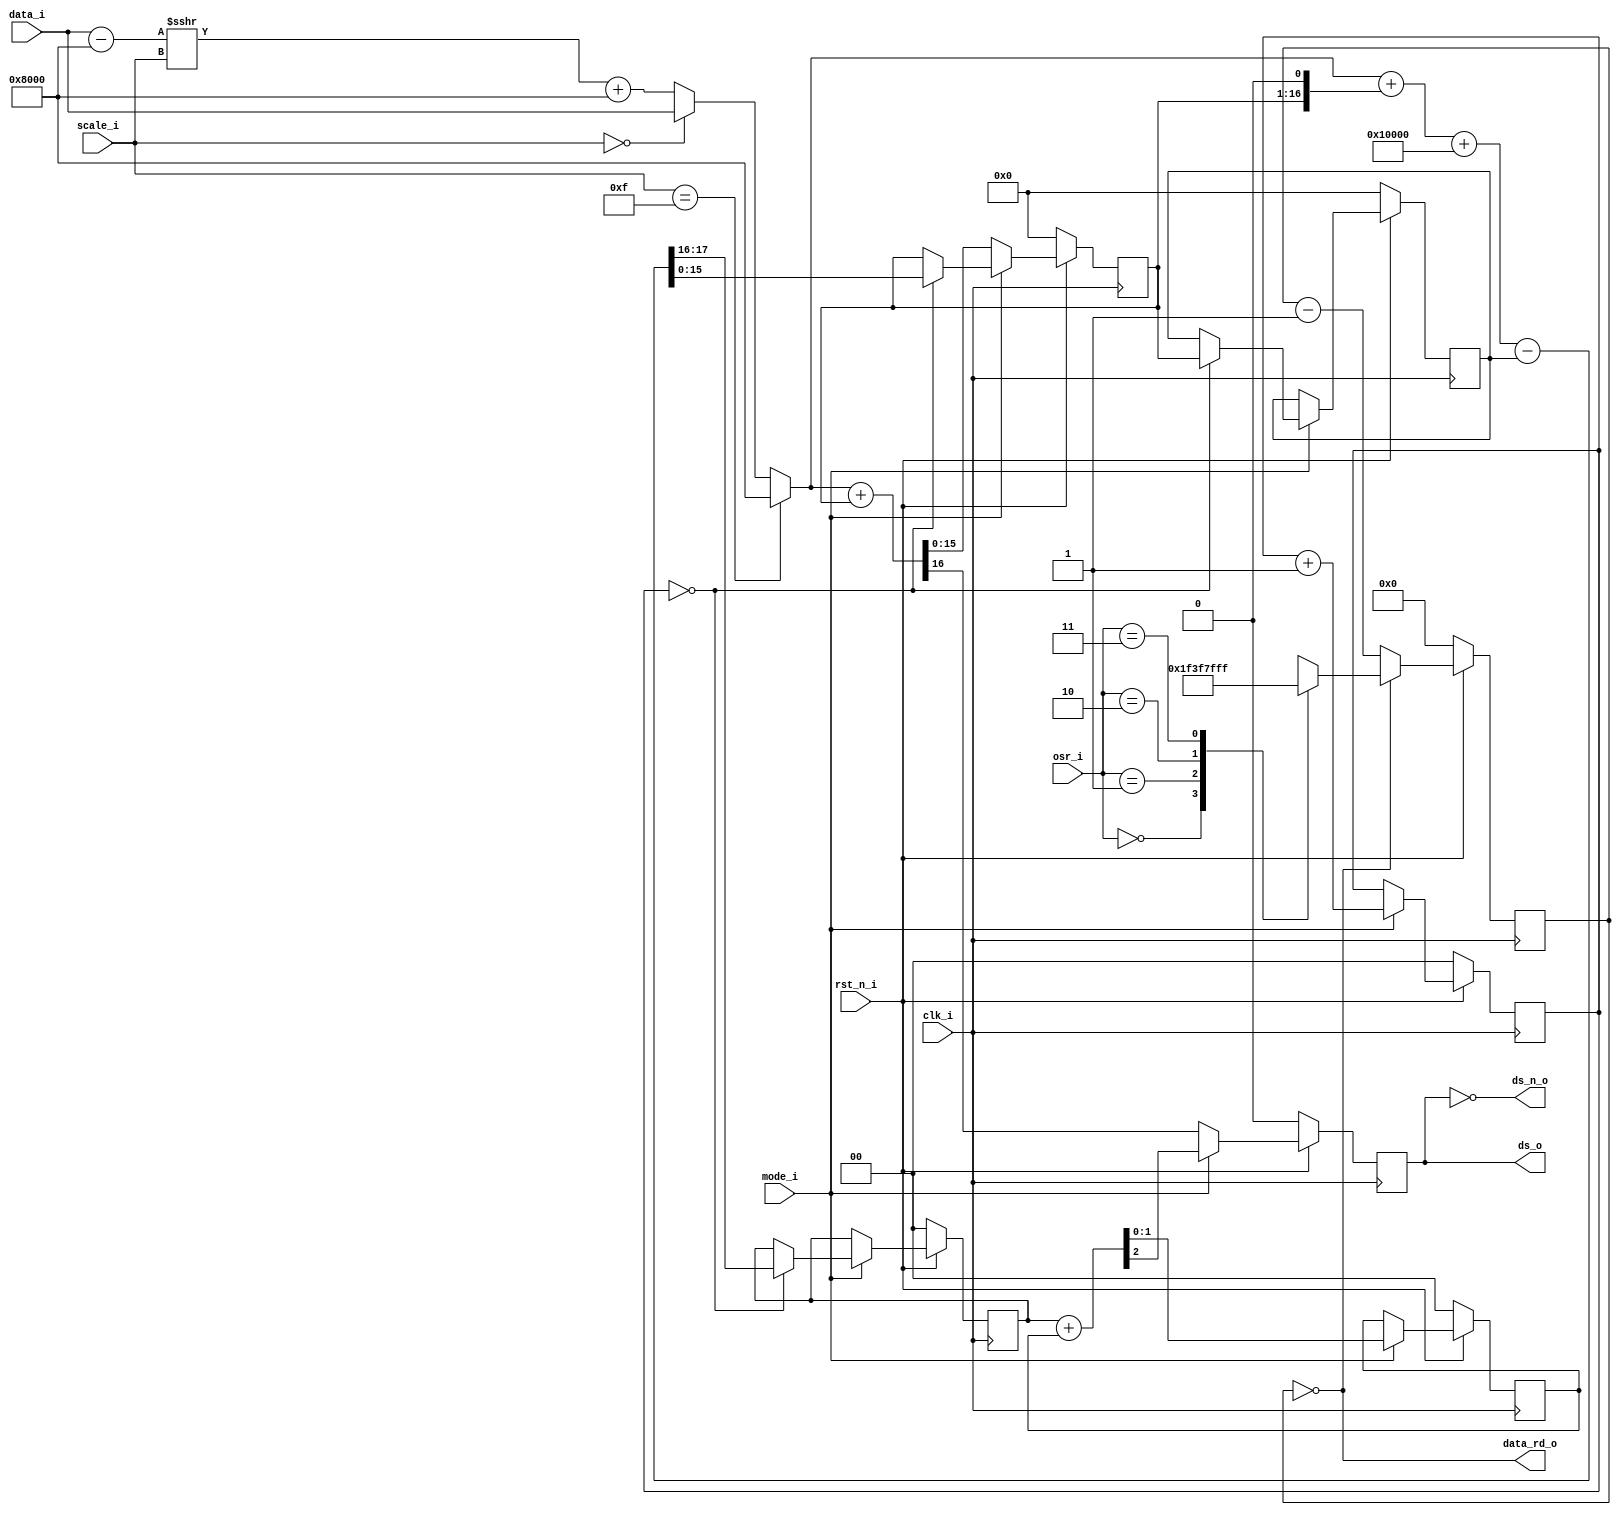
/*
 * AUDIOAC_DSMOD -- Delta-Sigma Modulator (1st/2nd Order) with Single-Bit Output
 *
 * SPDX-FileCopyrightText: 2021-2022 Harald Pretl (harald.pretl@jku.at)
 * Johannes Kepler University Linz, Institute for Integrated Circuits
 *
 * Parameters:
 *		BW 				... input data bitwidth
 *
 * Ports:
 *		data_i			... input data (must be UINT, default 16b)
 *		data_rd_o		... fetch next input data word (data feed-in driven 
 *							by DS-modulator)
 *		ds_o, ds_n_o	... output bitstream (complimentary outputs)
 *
 *		rst_n_i			... reset (low active)
 *		clk_i			... clock of ds-modulator (must be OSR * input_data_rate),
 *							output bitstream rate = OSR * input_data_rate
 *
 *		mode_i			... select order of modulator (0 = 1st, 1 = 2nd)
 *		scale_i			... scaling (attenuation) of input data in -6dB steps
 *							(0 = 0dB, 1 = -6dB, 2 = -12dB, ..., 15 = off)
 *		osr_i			... oversampling ratio (OSR), 0=32/1=64/2=128/3=256 is supported
 *
 * SPDX-License-Identifier: Apache-2.0
 */

`default_nettype none
`timescale 10ns / 1ns
`ifndef __AUDIODAC_DSMOD__
`define __AUDIODAC_DSMOD__

module audiodac_dsmod
#(
	parameter BW = 16
) (
	input 		[BW-1:0]	data_i,
	output wire				data_rd_o,
	output reg				ds_o,
	output wire				ds_n_o,
	
	input					rst_n_i,
	input					clk_i,
	
	input					mode_i,
	input 		[3:0]		scale_i,		// 0 = off, 15 = max scale
	input		[1:0]		osr_i			// 0 = 32; 1 = 64, 2 = 128, 3 = 256
);

	reg 		[BW-1:0]	accu1;
	reg			[BW-1:0]	accu2;
	reg			[1:0]		accu3;
	wire 		[BW-1:0]	data_scaled;	// input data treated with scaling
	wire signed [BW-1:0]	data_calc;		// 1b more is needed here
	reg			[7:0]		fetch_ctr;		// clock divideid by osr

	reg			[1:0]		mod2_ctr;		// clk divide by 4 for 1st stage of 2nd order mod
	reg			[1:0]		mod2_out;		// output 1st stage

	localparam	[7:0]		CTR_OSR_32  	=  8'd31;
	localparam	[7:0]		CTR_OSR_64  	=  8'd63;
	localparam	[7:0]		CTR_OSR_128 	=  8'd127;
	localparam	[7:0]		CTR_OSR_256 	=  8'd255;
	localparam	[1:0]		OSR_32  		= 2'd0;
	localparam	[1:0]		OSR_64  		= 2'd1;
	localparam	[1:0]		OSR_128 		= 2'd2;
	localparam	[1:0]		OSR_256 		= 2'd3;
	localparam				MODE_ORD1 		= 1'd0;
	localparam				MODE_ORD2 		= 1'd1;
	localparam	[3:0]		SCALE_OFF		= 4'd15;
	localparam	[3:0]		SCALE_MAX		= 4'd0;
	localparam	[BW-1:0]	DATA_MID		= {1'b1,{(BW-1){1'b0}}};

	// provide out and out_n
  	assign ds_n_o = ~ds_o;

	// we provide scaling in 6dB steps, 0=min (off), 15=max (unchanged)
	// scaling is a bit tricky as we have UINT coming in, so we do the scaling in signed INT
	// so that we stay around the midscale at 0x8000 when the amplitude is reduced
	assign data_calc = (($signed(data_i) - $signed(DATA_MID)) >>> scale_i)
						+ $signed(DATA_MID);

	assign data_scaled = (scale_i == SCALE_OFF) ? DATA_MID : 
							(scale_i == SCALE_MAX) ? data_i : 
								$unsigned(data_calc[BW-1:0]);

	// the fetch counter controls the read of the next sample from the FIFO
	// the counter runs down so decoding is easier for different counter
	// cycles (reloads at 0)
	assign data_rd_o = (fetch_ctr == 8'd0);

  	always @(posedge clk_i) begin
		if (!rst_n_i) begin
			// reset all registers
			accu1 <= {BW{1'b0}};
			accu2 <= {BW{1'b0}};
			accu3 <=  2'b0;
			ds_o <= 1'b0;
			fetch_ctr <= 8'b0;
			mod2_ctr <= 2'b0;
			mod2_out <= 2'b0;
		end else begin
			// sd-modulator is running

			if (fetch_ctr == 8'd0) begin
			// fetch_ctr finished, restart with proper cycle count
			// depending on osr
				case (osr_i)
					OSR_32:		fetch_ctr <= CTR_OSR_32;
					OSR_64:		fetch_ctr <= CTR_OSR_64;
					OSR_128:	fetch_ctr <= CTR_OSR_128;
					OSR_256:	fetch_ctr <= CTR_OSR_256;
					default:	fetch_ctr <= 8'bx;
				endcase
			end else
				//just keep counting down
				fetch_ctr <= fetch_ctr - 1'b1;
		
			if (mode_i == MODE_ORD1) begin
				// delta-sigma modulator 1st order
				// this simple structure works if everything
				// is UINT
				{ds_o,accu1} <= data_scaled + accu1;
			
			end else if (mode_i == MODE_ORD2) begin
				// delta-sigma modulator 2nd order
				// the first stage runs on clk/4, the second
				// stage runs on clk

				if (mod2_ctr == 2'b0) begin
					// this only happens every 4th clk
					// cycle
					{mod2_out,accu1} <= {2'b00,data_scaled} 
								+ {1'b0,accu1,1'b0} 
								+ {2'b01,{BW{1'b0}}}
								- {2'b0,accu2};
					accu2 <= accu1;
				end

				// this is the clk divider for the 1st stage
				mod2_ctr <= mod2_ctr + 1'b1;
				
				// this simple structure is the 2nd stage
				// running on clk
				{ds_o,accu3} <= mod2_out + accu3;
			end
		end
	end
endmodule // audiodac_dsmod

`endif
`default_nettype wire